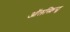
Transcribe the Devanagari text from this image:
ऑलस्क्रिप्ट्स